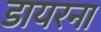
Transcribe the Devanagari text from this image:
डायरना